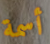
أسمة